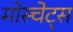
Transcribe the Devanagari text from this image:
मोस्चेट्स